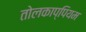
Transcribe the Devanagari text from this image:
तोलकाप्पियम